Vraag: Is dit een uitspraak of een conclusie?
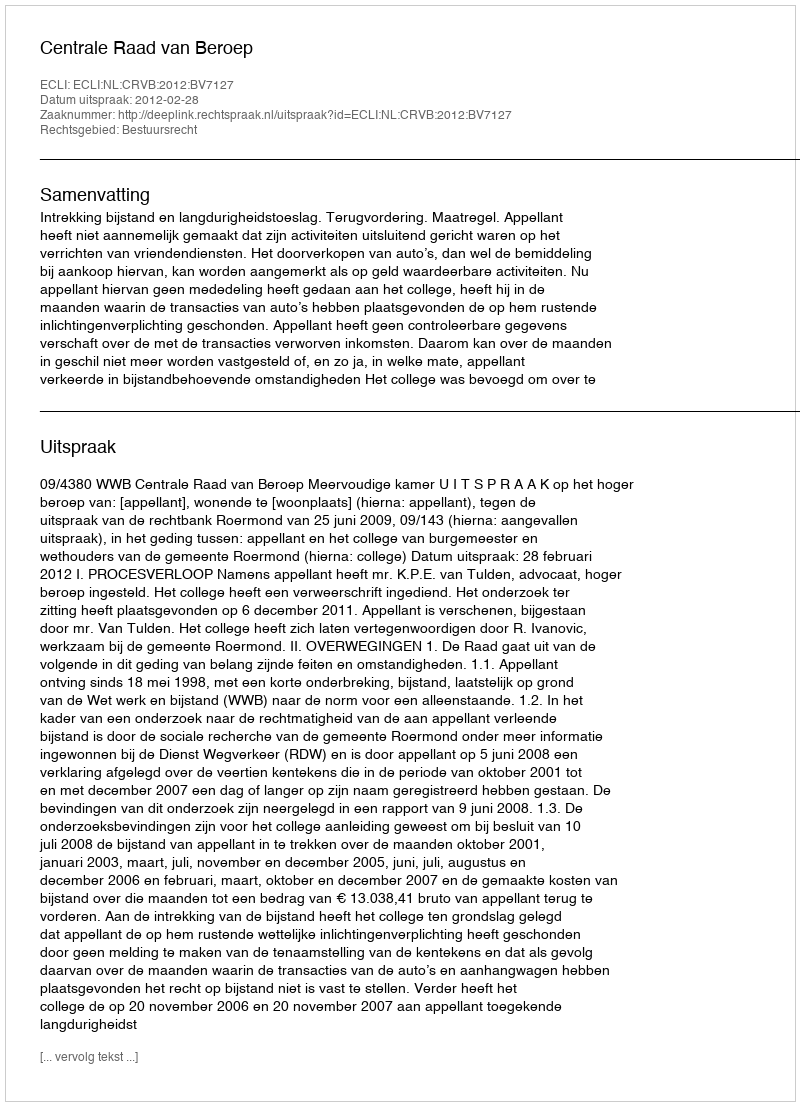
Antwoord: Uitspraak